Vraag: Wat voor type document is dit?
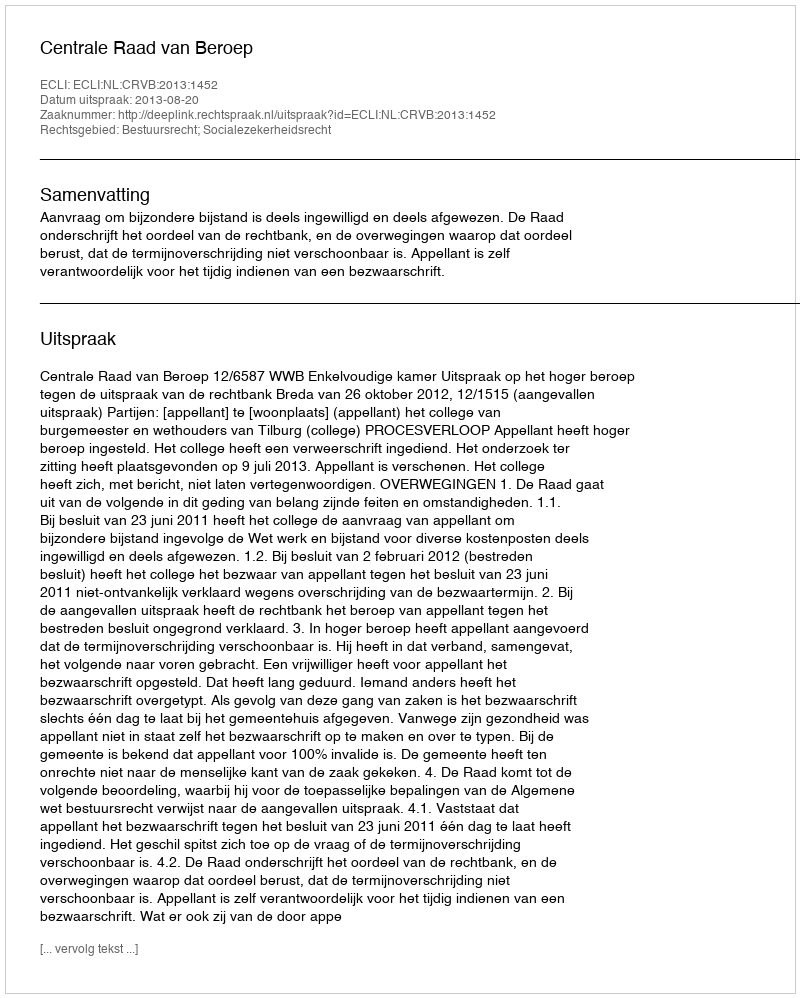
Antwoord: Uitspraak